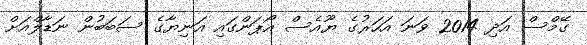
ގޭމްސް އަދި 2014 ވަނަ އަހަރުގެ ޔޫއެސް އޯޕަންގައި އަނިޔާގެ ސަބަބުން ނަޑާލްއަށް